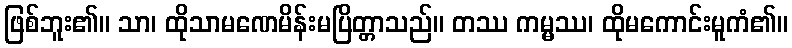
ဖြစ်ဘူး၏။ သာ၊ ထိုသာမဏေမိန်းမပြိတ္တာသည်။ တဿ ကမ္မဿ၊ ထိုမကောင်းမူကံ၏။